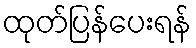
ထုတ်ပြန်ပေးရန်